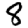
Digit: 8